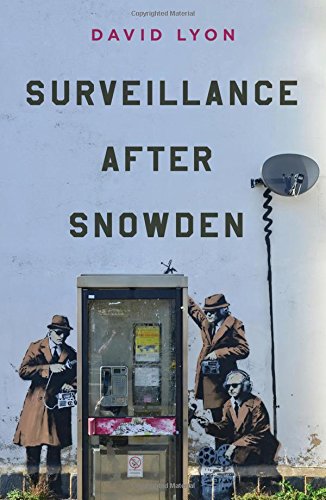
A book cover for Surveillance After Snowden; David Lyon; Biographies & Memoirs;